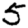
Digit: 5